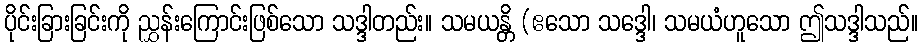
ပိုင်းခြားခြင်းကို ညွှန်းကြောင်းဖြစ်သော သဒ္ဒါတည်း။ သမယန္တိ (ဧသော သဒ္ဒေါ၊ သမယံဟူသော ဤသဒ္ဒါသည်။